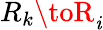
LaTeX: R_{k}\toR_{\mathit{i}}